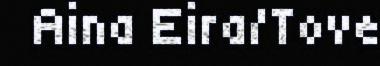
Aina Eira/Tove